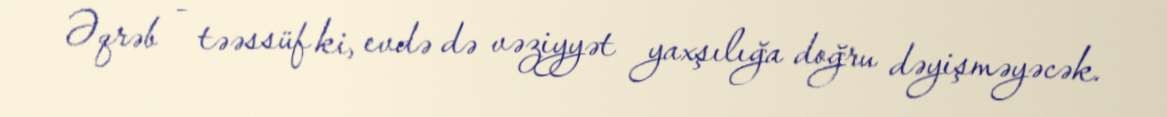
Əqrəb - təəssüf ki, evdə də vəziyyət yaxşılığa doğru dəyişməyəcək.